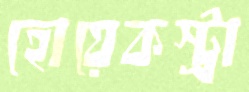
হোয়েকস্ট্রা